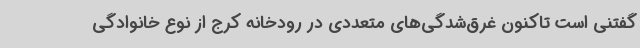
گفتنی است تاکنون غرق‌شدگی‌های متعددی در رودخانه کرج از نوع خانوادگی